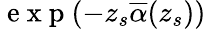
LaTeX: \mathrm{~e~x~p~}(-z_{s}\overline{{\alpha}}(z_{s}))